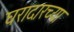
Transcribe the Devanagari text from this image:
घरादारच्या